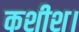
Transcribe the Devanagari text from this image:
कशीश।